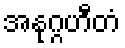
အနုဂ္ဂဟီတံ